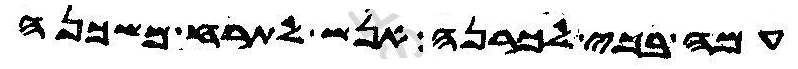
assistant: עמה בכי לכרנה אנש לתרח משכנה